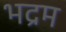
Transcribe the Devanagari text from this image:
भद्रम